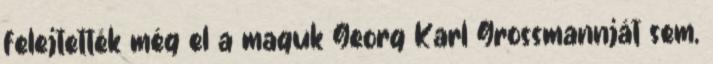
felejtették még el a maguk Georg Karl Grossmannját sem,